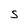
Character: S